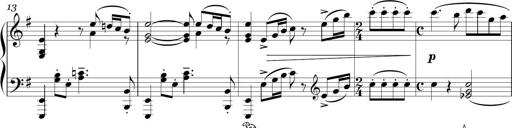
Title: Sonatina in E minor
Composer: Shuwen Zhang
Key: E minor